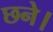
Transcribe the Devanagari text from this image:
छने।